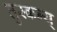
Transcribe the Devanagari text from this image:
तुस्कन्य्